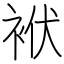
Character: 袱